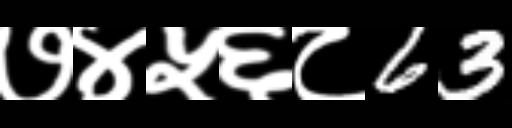
Text: ७४५६८63